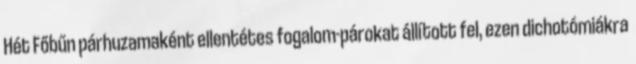
Hét Főbűn párhuzamaként ellentétes fogalom-párokat állított fel, ezen dichotómiákra